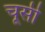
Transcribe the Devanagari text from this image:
चूसी